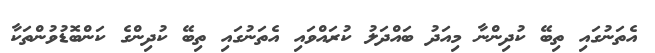
އެތަނުގައި ތިބޭ ކުދިންނާ މިއަދު ބައްދަލު ކުރައްވައި އެތަނުގައި ތިބޭ ކުދިންގެ ކަންބޮޑުވުންތަކާ